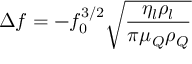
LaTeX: \Delta f = - f _ { 0 } ^ { 3 / 2 } { \sqrt { \frac { \eta _ { l } \rho _ { l } } { \pi \mu _ { Q } \rho _ { Q } } } }